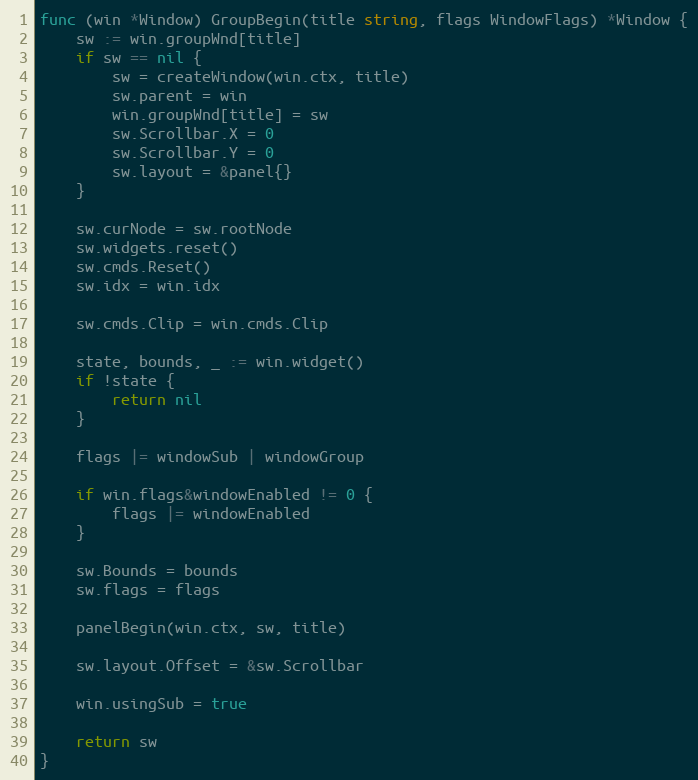
Language: Go
func (win *Window) GroupBegin(title string, flags WindowFlags) *Window {
	sw := win.groupWnd[title]
	if sw == nil {
		sw = createWindow(win.ctx, title)
		sw.parent = win
		win.groupWnd[title] = sw
		sw.Scrollbar.X = 0
		sw.Scrollbar.Y = 0
		sw.layout = &panel{}
	}

	sw.curNode = sw.rootNode
	sw.widgets.reset()
	sw.cmds.Reset()
	sw.idx = win.idx

	sw.cmds.Clip = win.cmds.Clip

	state, bounds, _ := win.widget()
	if !state {
		return nil
	}

	flags |= windowSub | windowGroup

	if win.flags&windowEnabled != 0 {
		flags |= windowEnabled
	}

	sw.Bounds = bounds
	sw.flags = flags

	panelBegin(win.ctx, sw, title)

	sw.layout.Offset = &sw.Scrollbar

	win.usingSub = true

	return sw
}